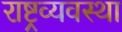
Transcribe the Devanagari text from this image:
राष्ट्रव्यवस्था